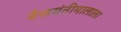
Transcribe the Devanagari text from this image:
वैजयंतीमालाला